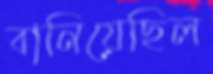
বানিয়েছিল